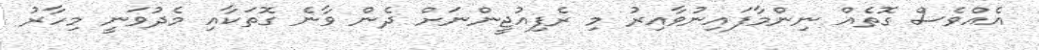
އެއްވެސް ގޮތެއް ނިންމާފައިނުވާއިރު މި ރެފިއުޖީންނަށް ދެން ވާނެ ގޮތަކާއި މެދުވަނީ މިހާރު